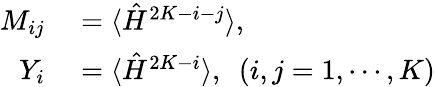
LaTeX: \begin{array}{rl}{M_{ij}}&{{}=\langle\hat{H}^{2K-i-j}\rangle,}\\ {Y_{i}}&{{}=\langle\hat{H}^{2K-i}\rangle,~~(i,j=1,\cdots,K)}\end{array}